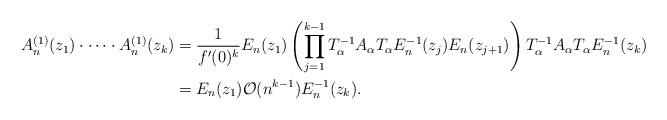
LaTeX: \begin{align*}A_n^{(1)}(z_1) \cdot \cdots \cdot A_n^{(1)}(z_k) &= \frac{1}{f'(0)^k} E_n(z_1) \left(\prod_{j=1}^{k-1} T_\alpha^{-1} A_\alpha T_\alpha E_n^{-1}(z_j) E_n(z_{j+1})\right) T_\alpha^{-1} A_\alpha T_\alpha E_n^{-1}(z_k)\\&= E_n(z_1) \mathcal{O}(n^{k-1}) E_n^{-1}(z_k).\end{align*}